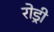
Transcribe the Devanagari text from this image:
रोड्री